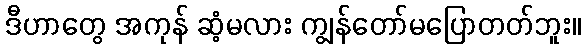
ဒီဟာတွေ အကုန် ဆံ့မလား ကျွန်တော်မပြောတတ်ဘူး။